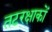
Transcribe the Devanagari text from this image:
तटरक्षाकों